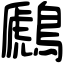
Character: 鷉